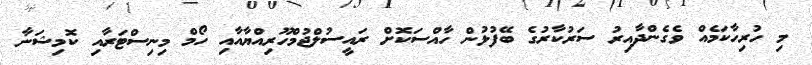
މި ހުރިހާކަމެއް ވެގެންދާއިރު ސަރުކާރުގެ ބޭފުޅުން ހާއްސަކޮށް ރައީސުލްޖުމްހޫރިއްޔާއާއި ހޯމް މިނިސްޓަރާއި ކޮމިޝަނާ